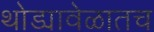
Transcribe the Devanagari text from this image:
थोड्यावेळातच